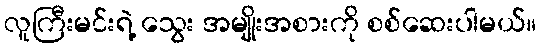
လူကြီးမင်းရဲ့ သွေး အမျိုးအစားကို စစ်ဆေးပါမယ်။